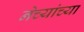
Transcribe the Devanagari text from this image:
नेच्यांच्या